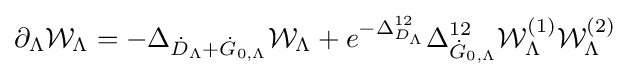
{\partial _{\Lambda }}{{\mathcal {W}}_{\Lambda }}=-{\Delta _{{{\dot {D}}_{\Lambda }}+{{\dot {G}}_{0,\Lambda }}}}{{\mathcal {W}}_{\Lambda }}+{e^{-\Delta _{D_{\Lambda }}^{12}}}\Delta _{{\dot {G}}_{0,\Lambda }}^{12}{\mathcal {W}}_{\Lambda }^{(1)}{\mathcal {W}}_{\Lambda }^{(2)}